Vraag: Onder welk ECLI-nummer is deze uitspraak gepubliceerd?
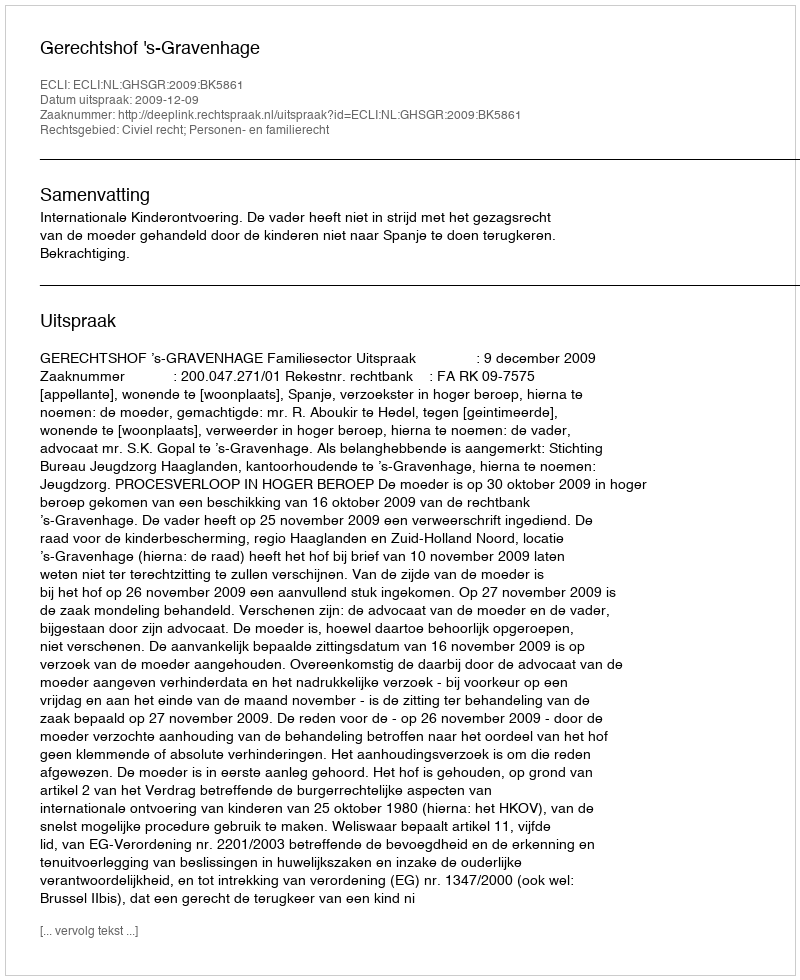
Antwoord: ECLI:NL:GHSGR:2009:BK5861